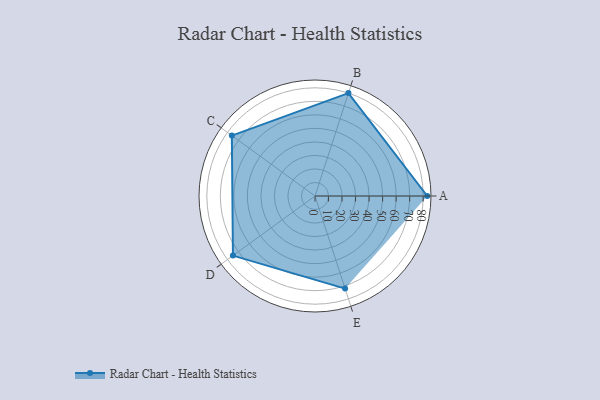
{"axis": {"x": "Skill", "y": "Score"}, "legend": ["Profile"], "data": [{"x": "A", "y": 83.0, "type": "Profile"}, {"x": "B", "y": 80.0, "type": "Profile"}, {"x": "C", "y": 76.0, "type": "Profile"}, {"x": "D", "y": 75.0, "type": "Profile"}, {"x": "E", "y": 72.0, "type": "Profile"}]}